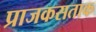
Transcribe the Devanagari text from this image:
प्राजकसताक